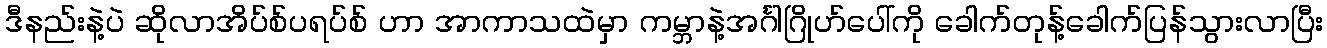
ဒီနည်းနဲ့ပဲ ဆိုလာအိပ်စ်ပရပ်စ် ဟာ အာကာသထဲမှာ ကမ္ဘာနဲ့အင်္ဂါဂြိုဟ်ပေါ်ကို ခေါက်တုန့်ခေါက်ပြန်သွားလာပြီး